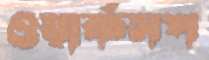
ওয়ার্কসপ